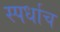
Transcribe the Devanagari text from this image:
स्पर्धाच